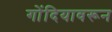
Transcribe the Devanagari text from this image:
गोंदियावरून